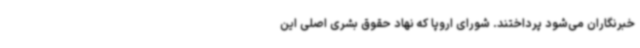
خبرنگاران می‌شود پرداختند. شورای اروپا که نهاد حقوق بشری اصلی این